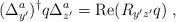
LaTeX: \begin{align*}(\Delta^a_{y'})^{\dagger} q \Delta^a_{z'} = \mbox{Re}(R_{y'z'}q)\; ,\end{align*}